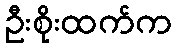
ဦးစိုးထက်က